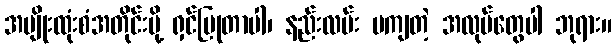
အမျိုးထုံးစံအတိုင်းမို့ ရှင်ပြုတာပါ၊ နည်းလမ်း မကျတဲ့ အလုပ်တွေပါ ဘုရား။